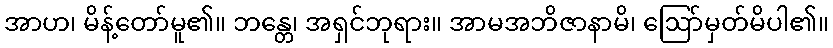
အာဟ၊ မိန့်တော်မူ၏။ ဘန္တေ၊ အရှင်ဘုရား။ အာမအဘိဇာနာမိ၊ ဩော်မှတ်မိပါ၏။